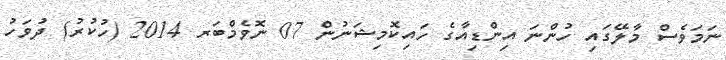
ނަމަވެސް މާލޭގައި ހުންނަ އިންޑިއާގެ ހައިކޮމިޝަނުން 07 ނޮވެމްބަރ 2014 (ހުކުރު) ދުވަހު